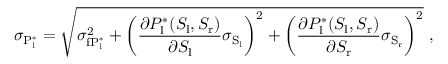
\sigma _ { \mathrm { P _ { l } ^ { * } } } = \sqrt { \sigma _ { \mathrm { f P _ { l } ^ { * } } } ^ { 2 } + \left( \frac { \partial P _ { \mathrm { l } } ^ { * } ( S _ { \mathrm { l } } , S _ { \mathrm { r } } ) } { \partial S _ { \mathrm { l } } } \sigma _ { \mathrm { S _ { l } } } \right) ^ { 2 } + \left( \frac { \partial P _ { \mathrm { l } } ^ { * } ( S _ { \mathrm { l } } , S _ { \mathrm { r } } ) } { \partial S _ { \mathrm { r } } } \sigma _ { \mathrm { S _ { r } } } \right) ^ { 2 } } \ ,